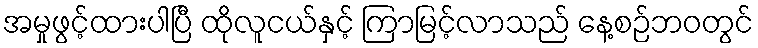
အမှုဖွင့်ထားပါပြီ ထိုလူငယ်နှင့် ကြာမြင့်လာသည် နေ့စဉ်ဘ၀တွင်